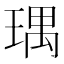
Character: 㻦